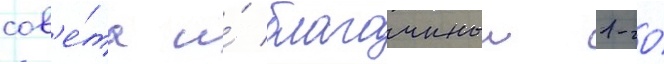
сов'е́та и́ благочинныи 1-го́